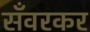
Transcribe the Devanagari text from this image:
सँवरकर